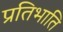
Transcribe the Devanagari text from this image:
प्रतिभाति